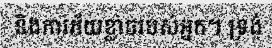
និងការភ័យខ្លាចរបស់អ្នក។ ទ្រង់